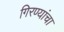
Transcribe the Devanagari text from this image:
गिरण्यांचा